Document type: Sale
Year: 1290
Scribe: Miquel Rotllan
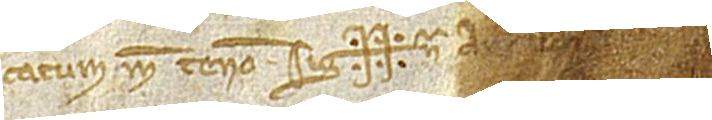
catum me teneo. Sig++na Ar[naldi] […]